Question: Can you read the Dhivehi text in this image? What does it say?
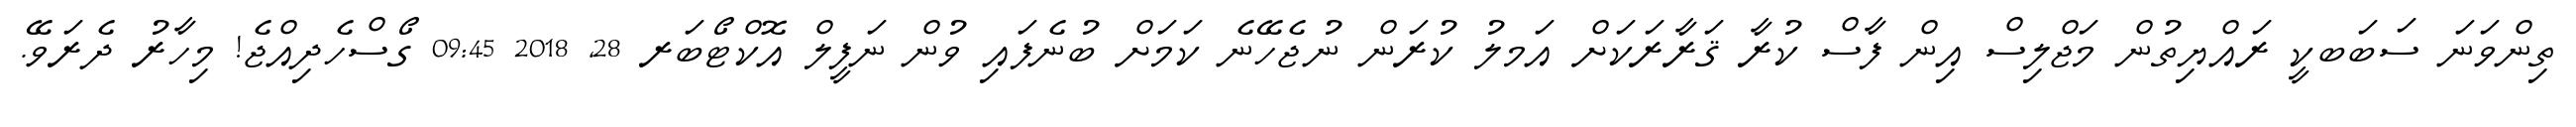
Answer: ތިންވަނަ ސަބަބކީ ރައްޔިތުން މަޖްލިސް އިން ފާސް ކުރާ ޤަރާރަކަށް އަމލު ކުރަން ނުޖެހޭނެ ކަމަށް ބުނެފައި ވުން ނަފީލް އޮކްޓޯބަރ 28, 2018 09:45 ގޯސްހެދިއްޖެ! މިހާރު ދެރަވޭ.